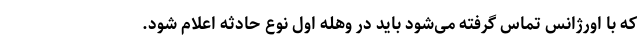
که با اورژانس تماس گرفته می‌شود باید در وهله اول نوع حادثه اعلام شود.